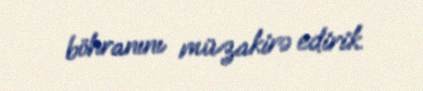
böhranını müzakirə edirik.